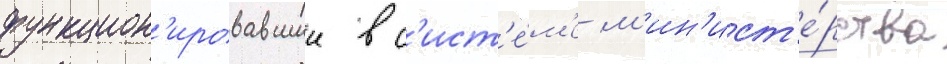
функцион'ировавшии в с'ист'е́м'е м'ин'ист'е́рства